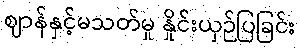
ဈာန်နှင့်မသတ်မှု နှိုင်းယှဉ်ပြခြင်း